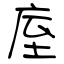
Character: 庢